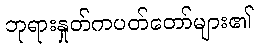
ဘုရားနှုတ်ကပတ်တော်များ၏